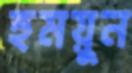
হুময়ুন